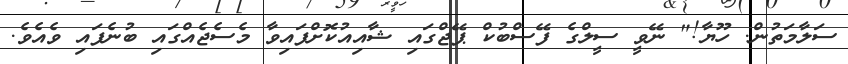
ސަލާމަތުން. ހޫޔާ!" ނޭވީ ސީލްގެ ފޭސްބުކް ޕޭޖްގައި ޝާއިއުކޮށްފައިވާ މެސެޖެއްގައި ބުނެފައި ވެއެވެ.